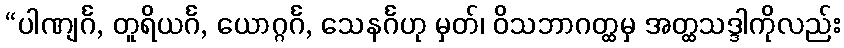
“ပါဏျင်္ဂ, တူရိယင်္ဂ, ယောဂ္ဂင်္ဂ, သေနင်္ဂဟု မှတ်၊ ဝိသဘာဂတ္ထမှ အတ္ထသဒ္ဒါကိုလည်း